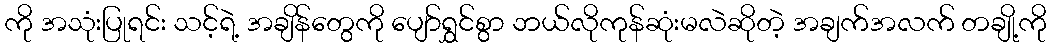
ကို အသုံးပြုရင်း သင့်ရဲ့ အချိန်တွေကို ပျော်ရွှင်စွာ ဘယ်လိုကုန်ဆုံးမလဲဆိုတဲ့ အချက်အလက် တချို့ကို